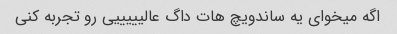
اگه میخوای یه ساندویچ هات داگ عالیییییی رو تجربه کنی